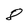
Character: 8